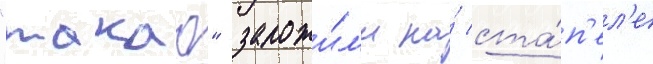
"такао" заложи́л'и на́ ста́п'ел'е